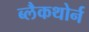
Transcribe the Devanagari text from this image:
ब्लैकथोर्न